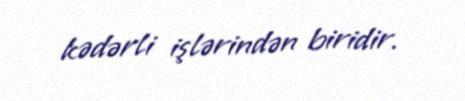
kədərli işlərindən biridir.